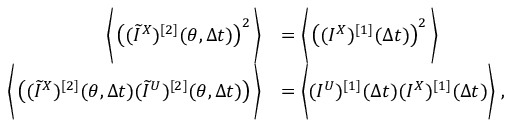
\begin{array} { r l } { \bigg \langle \left( ( \widetilde { I } ^ { X } ) ^ { [ 2 ] } ( \theta , \Delta t ) \right) ^ { 2 } \bigg \rangle } & { = \bigg \langle \left( ( I ^ { X } ) ^ { [ 1 ] } ( \Delta t ) \right) ^ { 2 } \bigg \rangle } \\ { \bigg \langle \left( ( \widetilde { I } ^ { X } ) ^ { [ 2 ] } ( \theta , \Delta t ) ( \widetilde { I } ^ { U } ) ^ { [ 2 ] } ( \theta , \Delta t ) \right) \bigg \rangle } & { = \bigg \langle ( I ^ { U } ) ^ { [ 1 ] } ( \Delta t ) ( I ^ { X } ) ^ { [ 1 ] } ( \Delta t ) \bigg \rangle ~ , } \end{array}